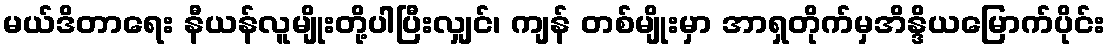
မယ်ဒိတာရေး နီယန်လူမျိုးတို့ပါပြီးလျှင်၊ ကျန် တစ်မျိုးမှာ အာရှတိုက်မှအိန္ဒိယမြောက်ပိုင်း